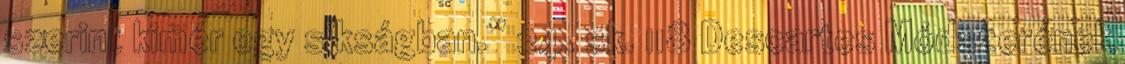
szerint kimér egy síkságban.” 24. sk. 118 Descartes Módszerének